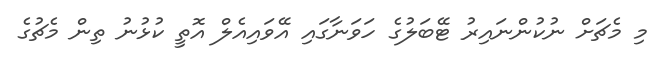
މި މެޗަށް ނުކުންނައިރު ޓޭބަލުގެ ހަވަނާގައި އޭވައިއެލް އޮތީ ކުޅުނު ތިން މެޗުގެ